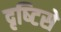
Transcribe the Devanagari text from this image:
दृष्‍टिसे